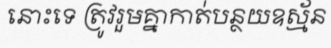
នោះទេ ត្រូវរួមគ្នាកាត់បន្ថយឧស្ម័ន